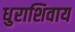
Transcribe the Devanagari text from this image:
धुराशिवाय